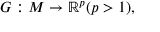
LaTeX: G : M \to \mathbb { R } ^ { p } ( p > 1 ) ,